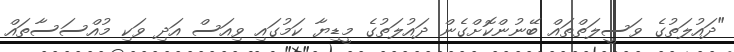
"ދައުލަތުގެ ވަސީލަތްތައް ބޭނުންކޮށްގެން ދައުލަތުގެ މީޑިޔާ ކަމުގައި ވިއަސް އަދި ވަކި މުއްސަސާތައް